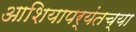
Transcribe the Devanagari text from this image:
आशियापर्यंतच्या